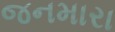
જનમારા